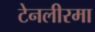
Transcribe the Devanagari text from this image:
टेनलीरमा